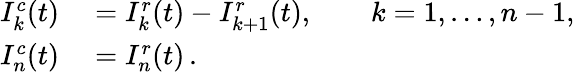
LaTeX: \begin{array}{rl}{I_{k}^{c}(t)}&{{}=I_{k}^{r}(t)-I_{k+1}^{r}(t),\qquad k=1,\ldots,n-1,}\\ {I_{n}^{c}(t)}&{{}=I_{n}^{r}(t)\, .}\end{array}